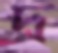
দ